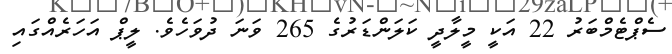
ސެޕްޓެމްބަރު 22 އަކީ މީލާދީ ކަލަންޑަރުގެ 265 ވަނަ ދުވަހެވެ. ލީޕް އަހަރެއްގައި